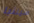
سينثيا